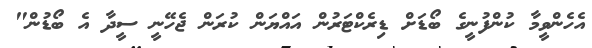
އެހެންވީމާ ކުންފުނީގެ ބޯޑަށް ޑިރެކްޓަރުން އައްޔަން ކުރަން ޖެހޭނީ ސީދާ އެ ބޯޑުން"